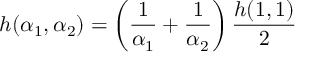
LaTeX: h ( \alpha _ { 1 } , \alpha _ { 2 } ) = \left( \frac { 1 } { \alpha _ { 1 } } + \frac { 1 } { \alpha _ { 2 } } \right) \frac { h ( 1 , 1 ) } { 2 }